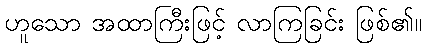
ဟူသော အထာကြီးဖြင့် လာကြခြင်း ဖြစ်၏။